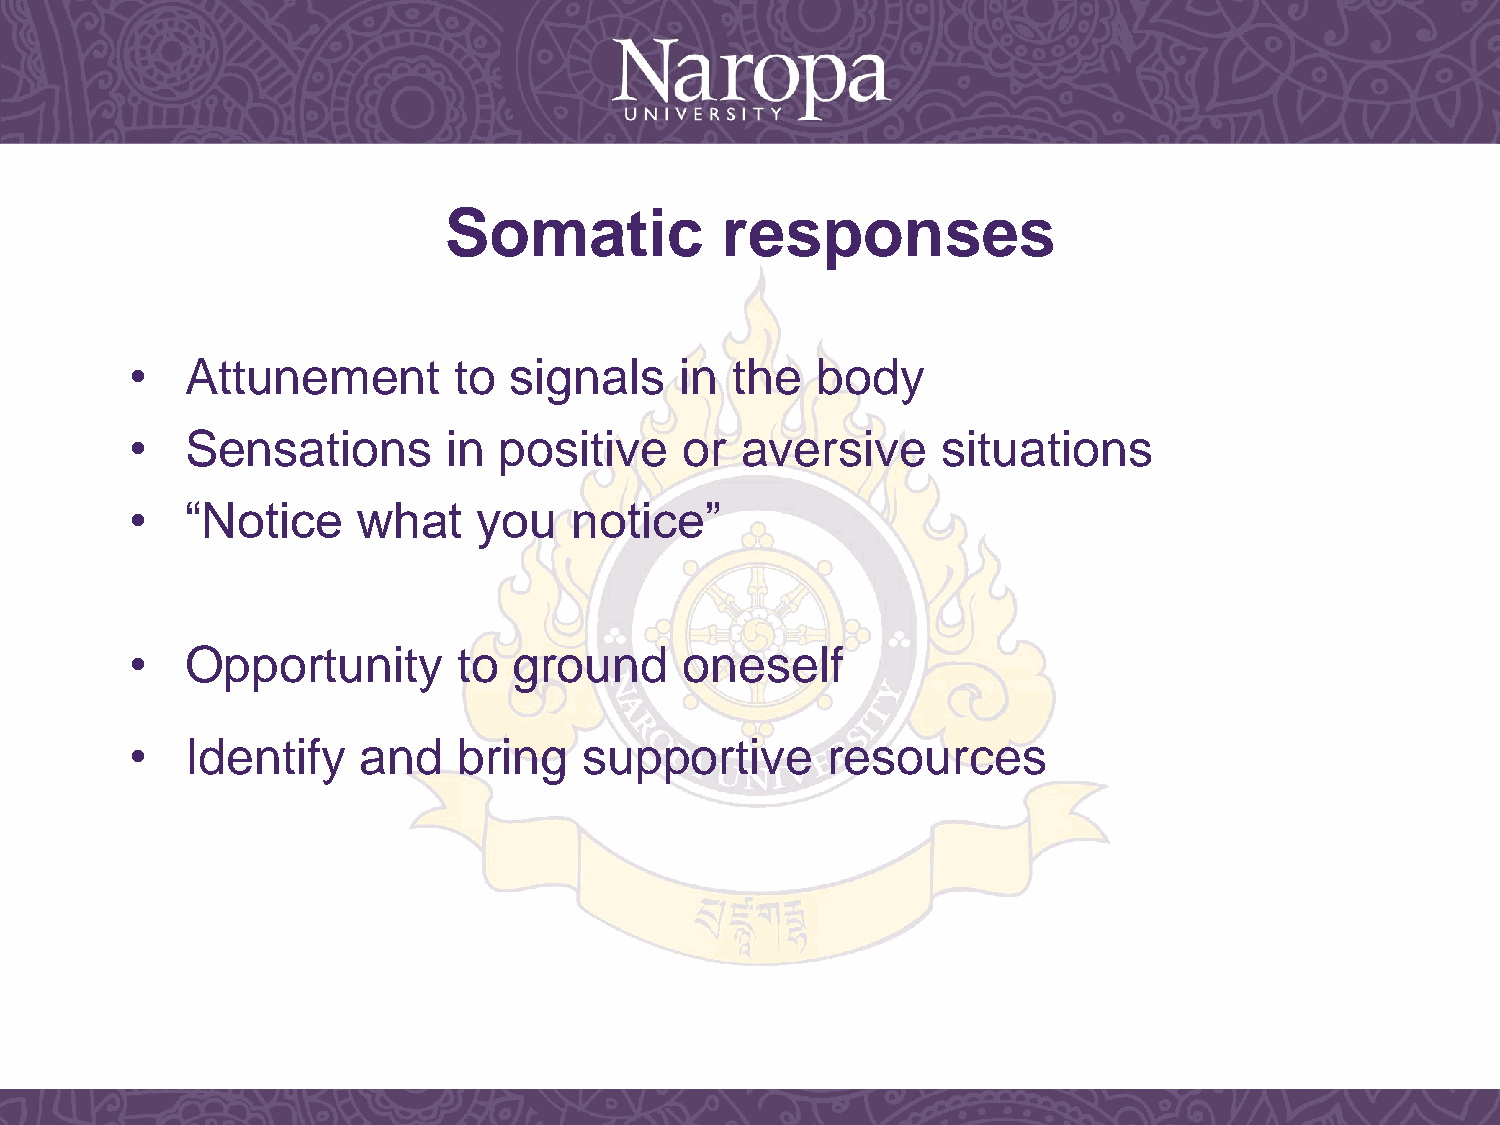
Somatic            responses
 •  Attunement        to  signals    in  the  body
 •  Sensations        in positive    or  aversive     situations
 •  “Notice     what    you   notice”
 •  Opportunity       to  ground     oneself
 •  Identify    and   bring    supportive      resources